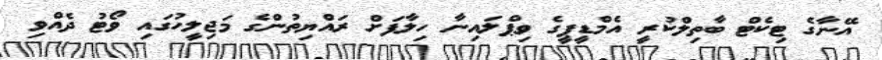
އޭނާގެ ޓިކެޓް ބާތިލްކުރީ އެމްޑީޕީގެ ވިޕްލައިނާ ހިލާފަށް ރައްޔިތުންގެ މަޖިލީހުގައި ވޯޓު ދެއްވި